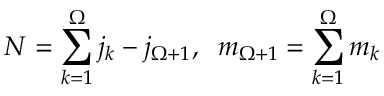
N = \sum _ { k = 1 } ^ { \Omega } j _ { k } - j _ { \Omega + 1 } , \; \; m _ { \Omega + 1 } = \sum _ { k = 1 } ^ { \Omega } m _ { k }